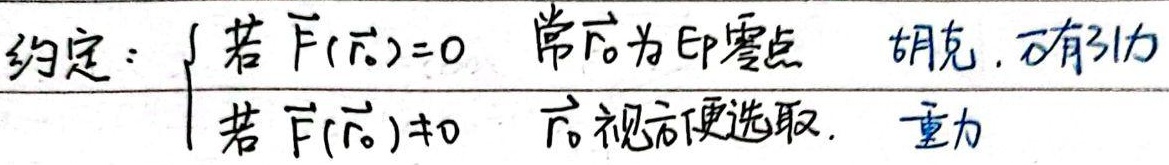
约定：
\[
\begin{cases}
\text{若 } F(\vec{r}_0)=0 & \text{常 }\vec{r}_0\text{ 为 }E_p\text{ 零点} & \text{胡克, 万有引力}\\
\text{若 } F(\vec{r}_0)\neq0 & \vec{r}_0\text{ 视方便选取}. & \text{重力}
\end{cases}
\]